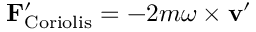
\mathbf { F } _ { \mathrm { C o r i o l i s } } ^ { \prime } = - 2 m { \boldsymbol { \omega } } \times \mathbf { v } ^ { \prime }